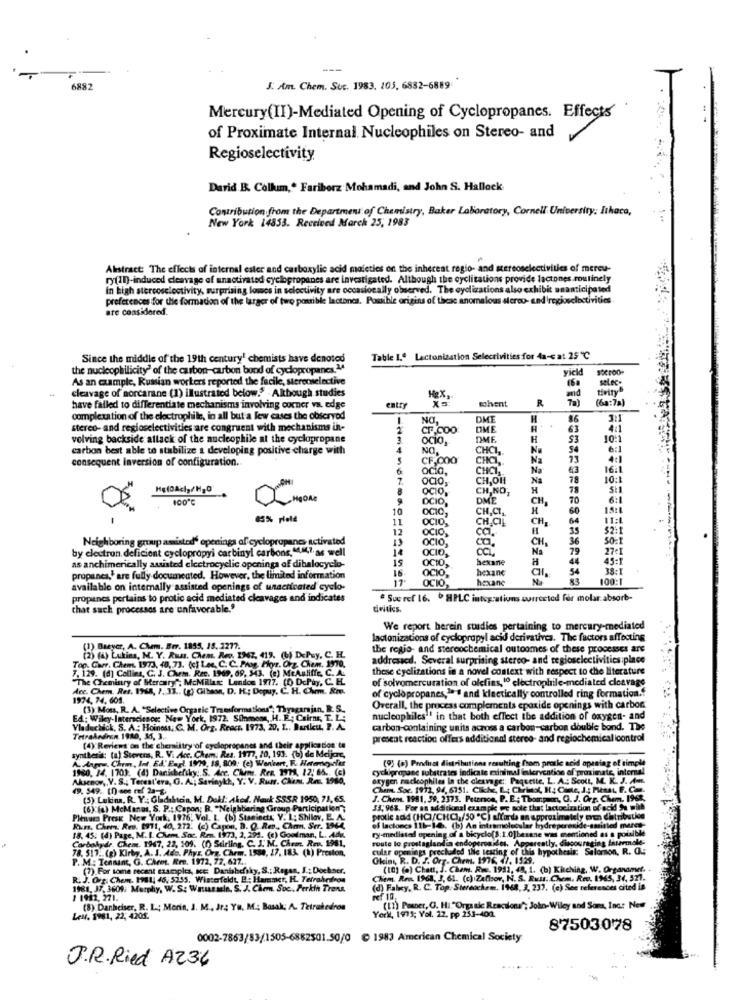
---
6882
J. Am. Chem. Suc. 1983. 205, 6832-6889-
Mercury(II)-Mediated Opening of Cyclopropanes. Effects
of Proximate Internal Nucleophiles on Stereo- and
Regioselectivity
Darid B. Collum ,. Fariborz Mohamadi, and John S. Hallock
Contribution from the Department of Chemistry, Baker Laboratory, Cornell University: Ithaca,
New York 14853. Received March 25, 1983
Abstract: The effects of internal ester and carboxylic acid maieties on the inherent regio- and stereoselectivities of mereu-
ry(ID)-induced cleavage of unactivated cyclopropanes are investigated. Although the cyclitations provide lactones routinely
in high stercoselectivity, surprising lowcs in soloctivity are occasionally observed. The eyelizations also exhibit unanticipated
preferences for the formation of the larger of two possible lactones. Possible origins of these anomalous stereo- end regioselectivities
are considered.
Since the middle of the 19th century! chemists have denotes
Table 1.º Lactonization Selectivities for 4a-c at 25 ℃
the nucleophilicity" of the carbon-carbon bond of cyclopropanes.14
yield
As an example, Russian workers reported the facile, stereoselective
cleavage of sorcarane (1) illustrated below." -Although studies
ad
tivity
selec-
Hex,
cchvent
R
(6a:7a)
have failed to differentiate mechanisms involving corner va. edge
entry
completition of the cloctrophile, in all but a few cases the observod
NO
DME
H
86
3:1
stereo- and regioselectivities are congruent with mechanisms in-
1
CF.COO
OME
4:1
volving backside attack of the nucleophile at the cyclopropane
OCIO,
DME
H
S3
10:1
carbon best able to stabilize a developing positive charge with
NO,
CHCI ,.
54
6:1
consequent Inversion of configuration.
CF,COO
CHCI ,.
Na
13
4:1
ocio.
CHCI
Na
16:1
CH,OH
Na
78
10:1
OCIO,
CH.NO,
78
OCIO,
DME
CH
TO
6:1
10
OCIO,
CH.CI,
H
60
15:1
11
OCIO,
CH.CIL
CH,
64
11:1
12
OCIO,
ca.
35
$2:1
Neighboring group amisted' openings of cyclopropanes activated
OCIO,
ca
CH
36
SO=1
by electron. deficient cyclopropyi carbiny! carbons, 44.847,as well
14
OCIO,
Na
27-1
hexane
44
45:1
as anchimerically assisted electrocyclic openings af dibalocyelo-
16
OCIO,
OCIO,
hexane
54
38:1
propanes," are fully documented. However, the limited information
17
OCIO,
hexane
100:1
available on internally assisted openings of unacticated cyclo-
propanes pertains to protic acid mediated cleavages and indicates
Sue ref 16. º HPLC integrations corrected fer molar absorb-
that such processos are unfavorable.'
We report herein studies pertaining to mercury-mediated
lactonizations of cyclopropyl acid derivatives. The factors affecting
(!) Buyer, A. Chem. Brr. 1855, 18. 1277.
the regio- and stereochemical outcomes of these processes are
(25 (a) Luktina, N. Y. AM
K. Y. Rus. Chem. Re, 1967, 419. (b) DePuy, C. H.
addressed. Several surprising sterco- and regioselectivities:place
Top. Carr. Chem. 1973, 40, 73. Oct Lee, C. C. Prog. Hoyr. Org. Chem. 1970.
7. 129. (4) Collins, C. J. Chem. Rec. 1949, 69, 543. (e) MeAuliffe, C. A.
these cyclizations in a novel context with respect to the literature
The Chemistry of Serary": McMille Lendos 1977. (0) DcPty, C. EL.
of solvomercuration of olefins, 10 electrophile-mediated cleavage
Acc. Chem. Res. 1968, 7. JE .. (g) Gibson, D. H .; Dopuy, C. H. Chm. Rm.
1974, 74, 605.
of cyclopropanes,l'# and kleetically controlled ring formation."
(3) Mou, R. A. "Selective Organic Transformations";
çamajan
Overall, the process complements epoxide openings with carbon
Wiley-Interscience: New York, 1972. Siinmoss, H. E. Cairns, T. L:
nucleophiles"' in that both effect the addition of oxygen- and
Vladuchick, S. A .: Hoinoss, C. M. Org. React, 1973, 20, I .. Bartlett, P. A.
carbon-containing units across a carbon-carbon double bond. The
Tetrahedron 1980, 35, 3.
(4) Reviews on the cheraiitry of cyclopropanes and their application to
present reaction offers additional stereo- and regiochemical icontrol
synthesis: (a) Stevens, R. V. Acc. Chem; Res. 1977, 20, 193. (b) de Meljon
ww. Chem, It. Ed. Eagl. 1979, 18, 809: (e) Wenkert, F. Hatemeyaler
(9) (*) Penduet distributions resulting from prole acid opening of simple
1950. 14. 1700. (4) Danisheftky: S. Ace, Cham, Rra. MMA, 12: 65. (c)
cyckipropane substrates indicat
nal fakervention of proximate, internal
Akusenor, V. S .; Terest'era, G. Al; Savinykk, Y. V. Rus. Chem. Re. 1980,
oxygen rackcophiles In the cleavage :: Paquette. L. A .: Scott, M. K. J. A.
ses indicate minimal aber
49.549. 10) ses ref 2a-8
Kam. Soc. 1912, 94, 6751. Clicke, L; Christ, H; Canc, J .: Piesst, F. Com.
(5) Lutina, R. Y .; Gladalicia, M. Del !: Aked. Nauk SSSR 1950, 71,65.
Nauk S
1950, 71.65.
J. Chem. 1981, 59, 2373. Peterson, P. E .; Thompem, C. J. Orr. Chem. 1968,
(6)"(6) McManus, S. P .: Capon; R. "Neighboring Group Participation";
33, 963. For as additional czampi er sole that lactociration of acid Se will
Plenum Press New York, 1976, Vol. L. (b) Staninett; Y. 1; Shilov, E. A.
protic add (HCI/CHCI,/50 "℃) affords an approximately een distribution
Kurs. Chem. Res. 1911, 40, 272. (c) Capon, D. Q. Ren, Cham. Str. 1964,
ef lactoncs 115-16. (b) An intramolecular hydreperonide-amistad marce-
ry medistad opening of a bicyclo(s: 1.0]hexane was mentioned as a pousible
18. 45. (4) Page, M. I. Chem. Soc. Rmn. 1973, 2, 291. (c) Goodman, L.44%,
Carbohydr. Chem. 1967, 22, 109. (1) Stirling. C. J. M. Chra. Rev. 1981.
route lo prostaglandin endoperosides. Apparently, discouraging thtermales
das a pousible
78. 517. (g) Kirby, A. J. Ada. Phys. Org. Chem. 1580, 27, 183. (1) Preston,
cular opmings precluded the testing of this hypothesis: Salomon, R. O.
this hypothesis: Salomon, R. O.
P. M : Tennant, G. Cheet. Rme. 1972, 72, 627 ..
Okist, R. D. J. Org. Chem. 1976, 47. 1529.
(7).For sone recent szamples, KE Danishesky, S .: Regan, I .: Dochser.
(10) (a) Chatt, J. Cham. Rwe. 1991, 48, 1. (b) Kisching, W. Organomet.
R. J. Org. Chem. IMAL 46, 5255. Winterfeldt, B .: Harmet, H. Terrahrairon
Chem. Ren. 1968; J.
Chem. Ren. 1968, 3, 61. (c) Zafloor, N. S. Rus: Chem. Ren. IMS, 34, 521.
1981. 37, 3609. Murphy, W. S: Wasussain, S. J. Chem. Soc. Perkin Trens,
(d) Fahey, R. C. Top Stereochem. 1968, 3, 237. (e) See references cited is
1 1992. 271.
ref 10.
(8) Danbeiser, R. L .; Morin, J. M ., Jr: Yu. M .; Basak; A. Tetrahedron
(11) Posner, G. HI."Organic Reacslona"; John Wiley and Sons, Inc .: New
LeN. 1981, 22, 4205.
York, 1975; Vol. 22. pp 253-400.
87503078
0002-7863/83/1505-6882501.50/0 ℃ 1983 American Chemical Society
J.R. Ried AZ34